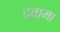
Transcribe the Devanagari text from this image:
दवामा